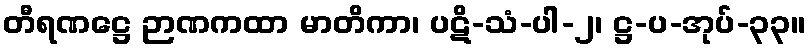
တီရဏဋ္ဌေ ဉာဏကထာ မာတိကာ၊ ပဋိ-သံ-ပါ-၂၊ ဋ္ဌ-ပ-အုပ်-၃၃။